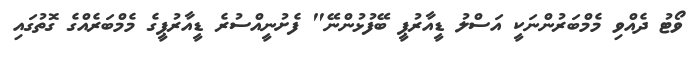
ވޯޓު ދެއްވި މެމްބަރުންނަކީ އަސްލު ޑީއާރުޕީ ބޭފުޅުންނޭ" ފެށުނީއްސުރެ ޑީއާރުޕީގެ މެމްބަރެއްގެ ގޮތުގައި